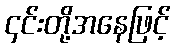
၄င်းတို့အနေဖြင့်